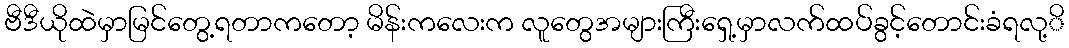
ဗီဒီယိုထဲမှာမြင်တွေ့ရတာကတော့ မိန်းကလေးက လူတွေအများကြီးရှေ့မှာလက်ထပ်ခွင့်တောင်းခံရလု့ိ